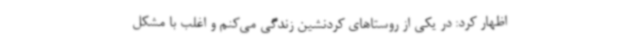
اظهار کرد: در یکی از روستاهای کردنشین زندگی می‌کنم و اغلب با مشکل